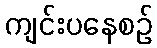
ကျင်းပနေစဉ်